Document type: Grant of rights
Year: 1280
Scribe: Pere Marc
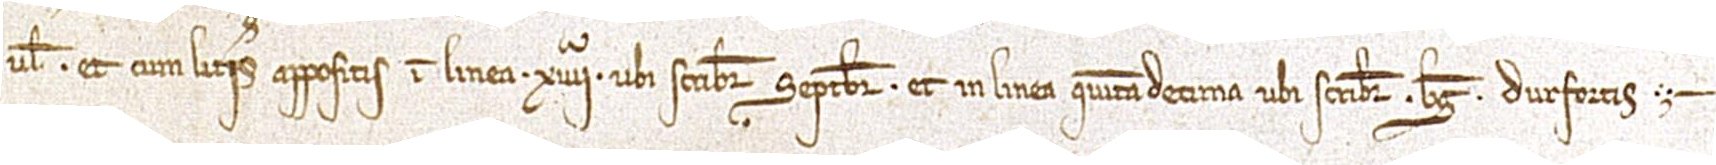
“vel”, et cum literis appositis in linea XIIIIª, ubi scribitur “septembris”, et in linea quintadecima, ubi scribitur “Berengarius Durfortis”.